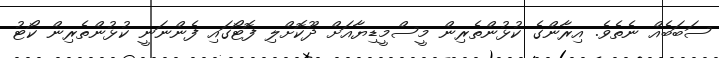
ސަބަބެއް ނެތެވެ. އިރާންގެ ކުޅުންތެރިން މީސްމީޑިޔާާއަށް ދޫކޮށްލި ފޮޓޯގައި ފެންނަނީ ކުޅުންތެރިން ކޯޓު